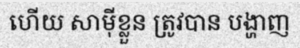
ហើយ សាម៉ីខ្លួន ត្រូវបាន បង្ហាញ